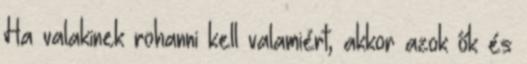
Ha valakinek rohanni kell valamiért, akkor azok ők és